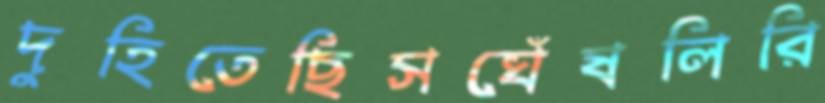
দুহিতেছিসঘেঁষলিরি